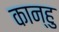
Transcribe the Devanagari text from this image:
कान्हु